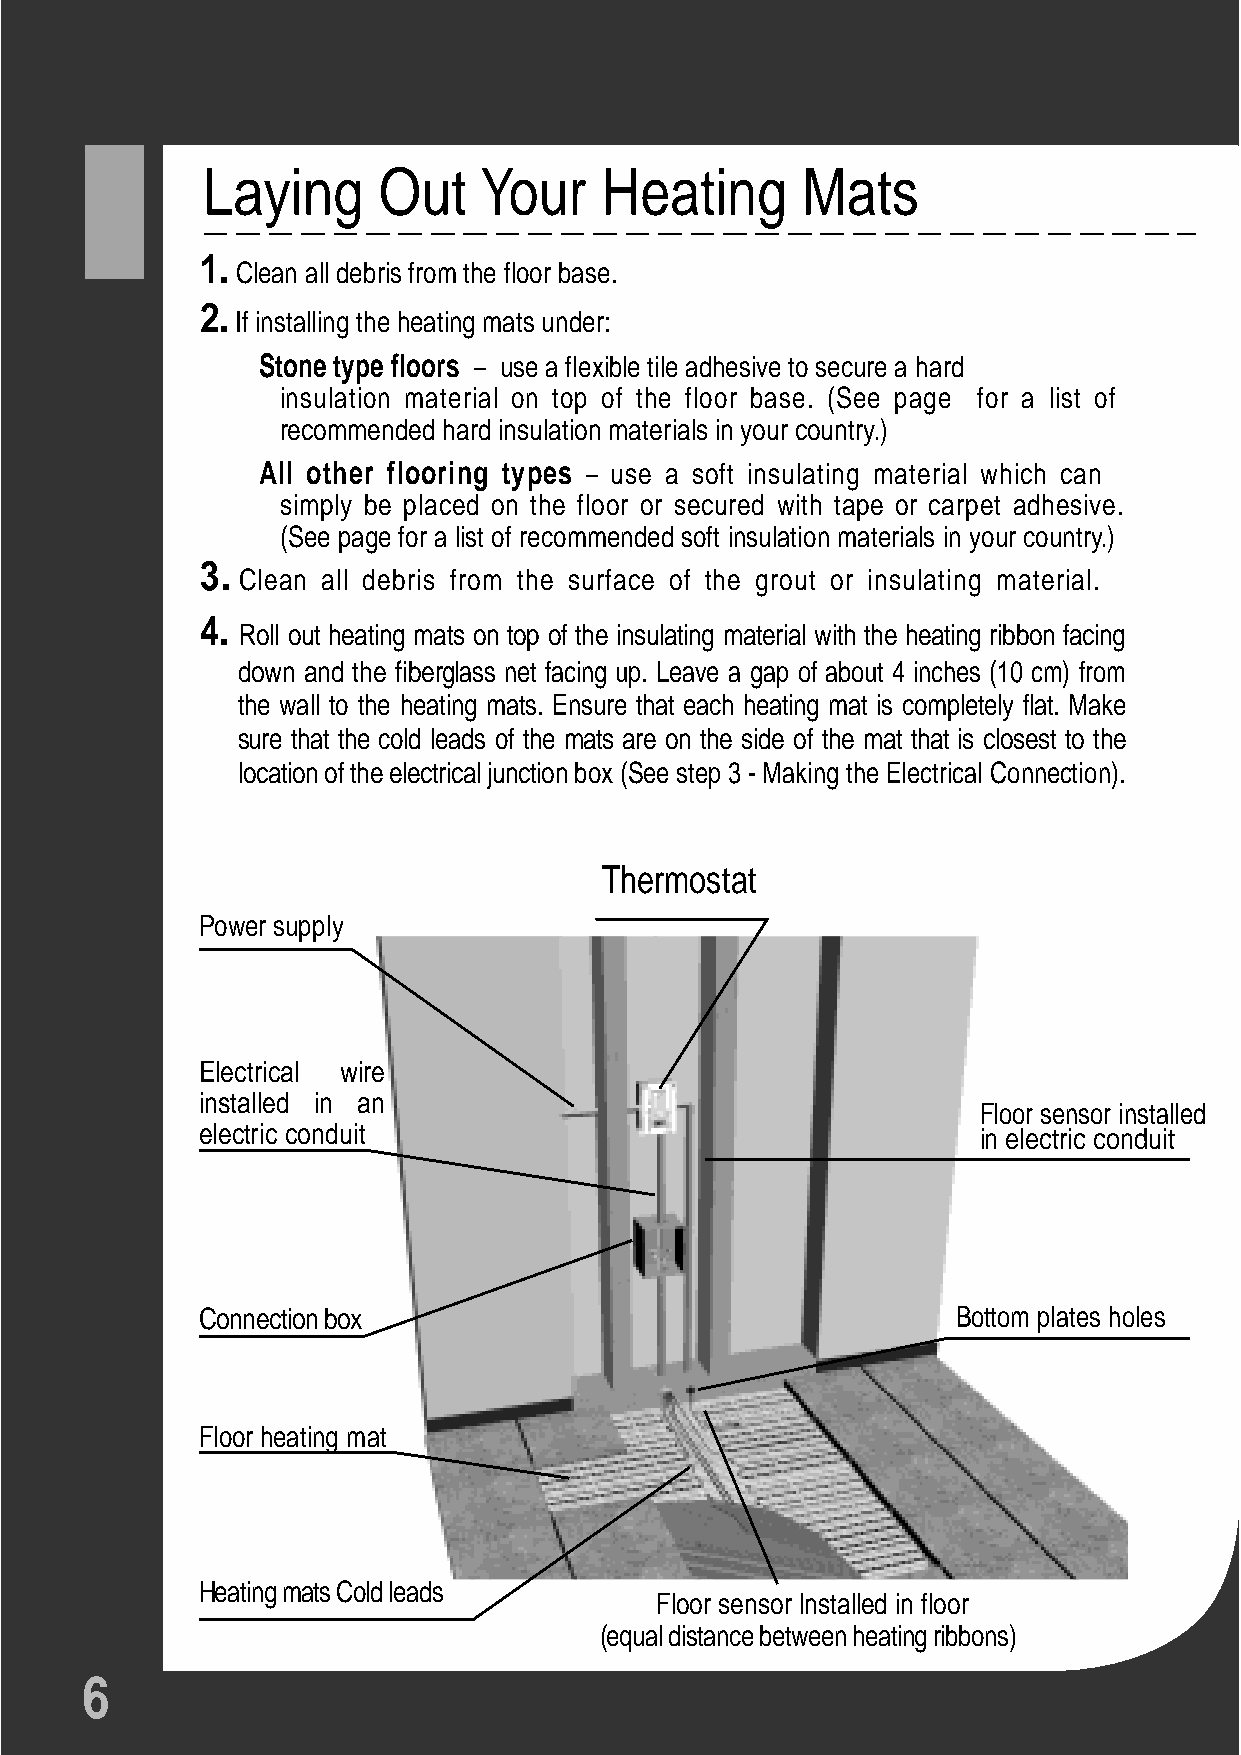
Laying      Out    Your    Heating      Mats
 1.
 Clean all debris from the floor base.
 2.
 If installing the heating mats under:
 Stone type floors – use a flexible tile adhesive to secure a hard
 insulation material on top of the floor base. (See page for a list of
 recommended hard insulation materials in your country.)
 All other flooring types – use a soft insulating material which can
 simply be placed on the floor or secured with tape or carpet adhesive.
 (See page for a list of recommended soft insulation materials in your country.)
 3.
 Clean all debris from the surface of the grout or insulating material.
 4.
 Roll out heating mats on top of the insulating material with the heating ribbon facing
 down and the fiberglass net facing up. Leave a gap of about 4 inches (10 cm) from
 the wall to the heating mats. Ensure that each heating mat is completely flat. Make
 sure that the cold leads of the mats are on the side of the mat that is closest to the
 location of the electrical junction box (See step 3 - Making the Electrical Connection).
 Thermostat
 Power supply
 Electrical wire
 installed in an
 Floor sensor installed
 electric conduit                                    in electric conduit
 Connection box                                    Bottom plates holes
 Floor heating mat
 Heating mats Cold leads
 Floor sensor lnstalled in floor
 (equal distance between heating ribbons)
 6